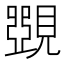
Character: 𧡸